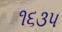
૧૬૩૫